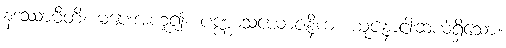
နဒဿာမီတိ၊ မပေးအံ့ဟူ၍။ ပဏ္ဏာသယောဇနိကံ၊ ယူဇနာငါးဆယ်ရှိသော။